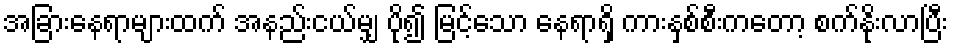
အခြားနေရာများထက် အနည်းငယ်မျှ ပို၍ မြင့်သော နေရာရှိ ကားနှစ်စီးကတော့ စက်နိုးလာပြီး